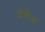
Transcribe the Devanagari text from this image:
अपॊड